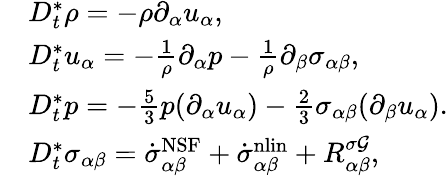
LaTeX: \begin{array}{rl}&{D_{t}^{*}\rho=-\rho\partial_{\alpha}u_{\alpha},}\\ &{D_{t}^{*}u_{\alpha}=-\frac{1}{\rho}\partial_{\alpha}p-\frac{1}{\rho}\partial_{\beta}{\sigma}_{\alpha\beta},}\\ &{D_{t}^{*}p=-\frac{5}{3}p(\partial_{\alpha}u_{\alpha})-\frac{2}{3}\sigma_{\alpha\beta}(\partial_{\beta}u_{\alpha}).}\\ &{D_{t}^{*}\sigma_{\alpha\beta}=\dot{\sigma}_{\alpha\beta}^{\mathrm{NSF}}+\dot{\sigma}_{\alpha\beta}^{\mathrm{nlin}}+R_{\alpha\beta}^{\sigma\mathcal{G}},}\end{array}